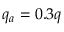
q _ { a } = 0 . 3 q